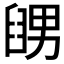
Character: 𦦊